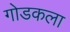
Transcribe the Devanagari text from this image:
गोडकला